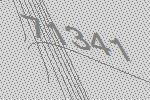
71341